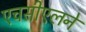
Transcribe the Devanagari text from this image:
एचसीएलने